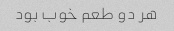
هر دو طعم خوب بود